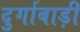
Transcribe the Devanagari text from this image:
दुर्गाबाड़ी